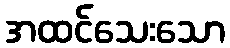
အထင်သေးသော